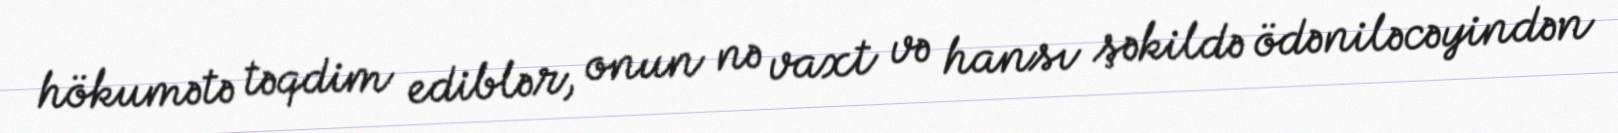
hökumətə təqdim ediblər, onun nə vaxt və hansı şəkildə ödəniləcəyindən